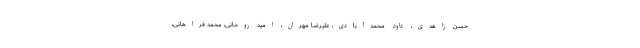
حسن زاهدی، داود محمدآبادی، علیرضا مهران، امید روحانی، محمد فراهانی،